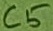
Text: C5